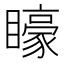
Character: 𭿭